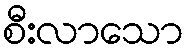
စီးလာသော